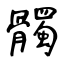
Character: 髑